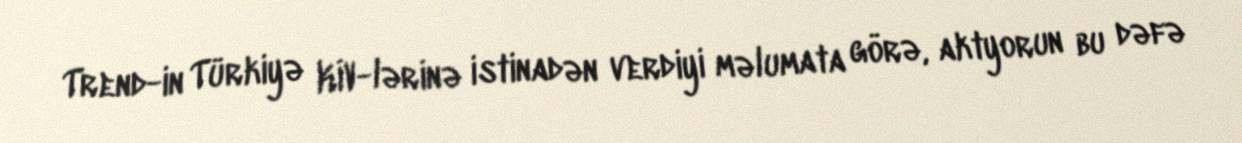
Trend-in Türkiyə KİV-lərinə istinadən verdiyi məlumata görə, aktyorun bu dəfə